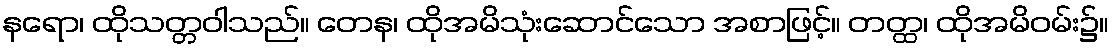
နရော၊ ထိုသတ္တဝါသည်။ တေန၊ ထိုအမိသုံးဆောင်သော အစာဖြင့်။ တတ္ထ၊ ထိုအမိဝမ်း၌။